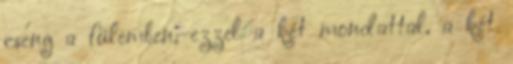
cseng a fülemben, ezzel a két mondattal, a két